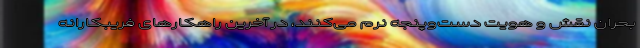
بحران نقش و هویت دست‌وپنجه نرم می‌کنند، در آخرین راهکارهای فریبکارانه